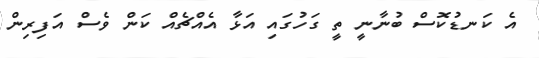
އެ ކަނޑުކޮސް ބުނާނީ ތީ ގަހުގައި އަޅާ އެއްޗެއް ކަން ވެސް އަފިރިން